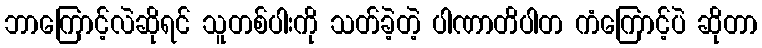
ဘာကြောင့်လဲဆိုရင် သူတစ်ပါးကို သတ်ခဲ့တဲ့ ပါဏာတိပါတ ကံကြောင့်ပဲ ဆိုတာ